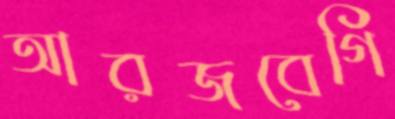
আরজবেগি